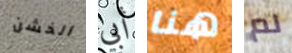
الخشن أبي هنا لم